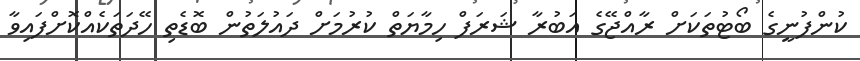
ކުންފުނީގެ ބޯޓުތަކަށް ރާއްޖޭގެ އަބުރާ ޝަރަފް ހިމާޔަތް ކުރުމަށް ދައުލަތުން ބޮޑެތި ހޭދަތަކެއްކޮށްފައިވާ